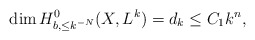
\begin{align*}{\rm dim\,}H^0_{b,\leq k^{-N}}(X,L^k)=d_k\leq C_1k^n,\end{align*}